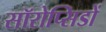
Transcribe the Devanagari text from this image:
सॉरोप्सिडों